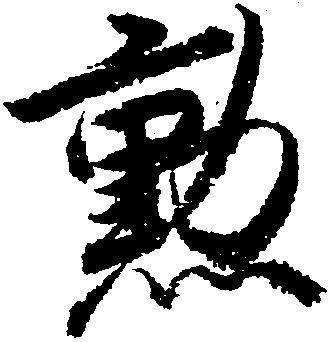
勲